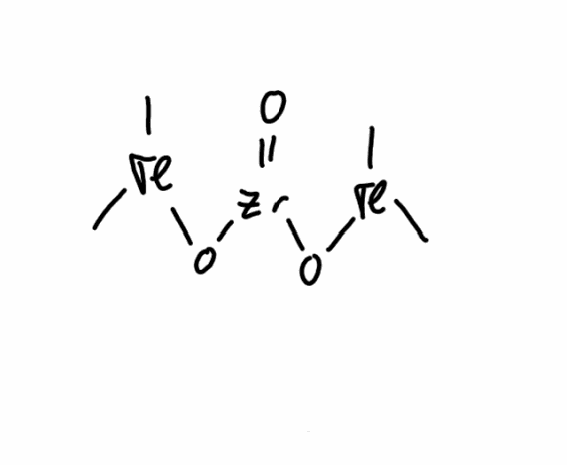
Simplified molecular-input line-entry system (SMILES) notation of the given molecule:
C[Tl](C)O[Zr](=O)O[Tl](C)C